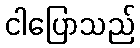
ငါပြောသည်